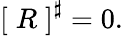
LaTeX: \left[\; R\; \right]^{\sharp}=0.